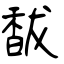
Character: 馛